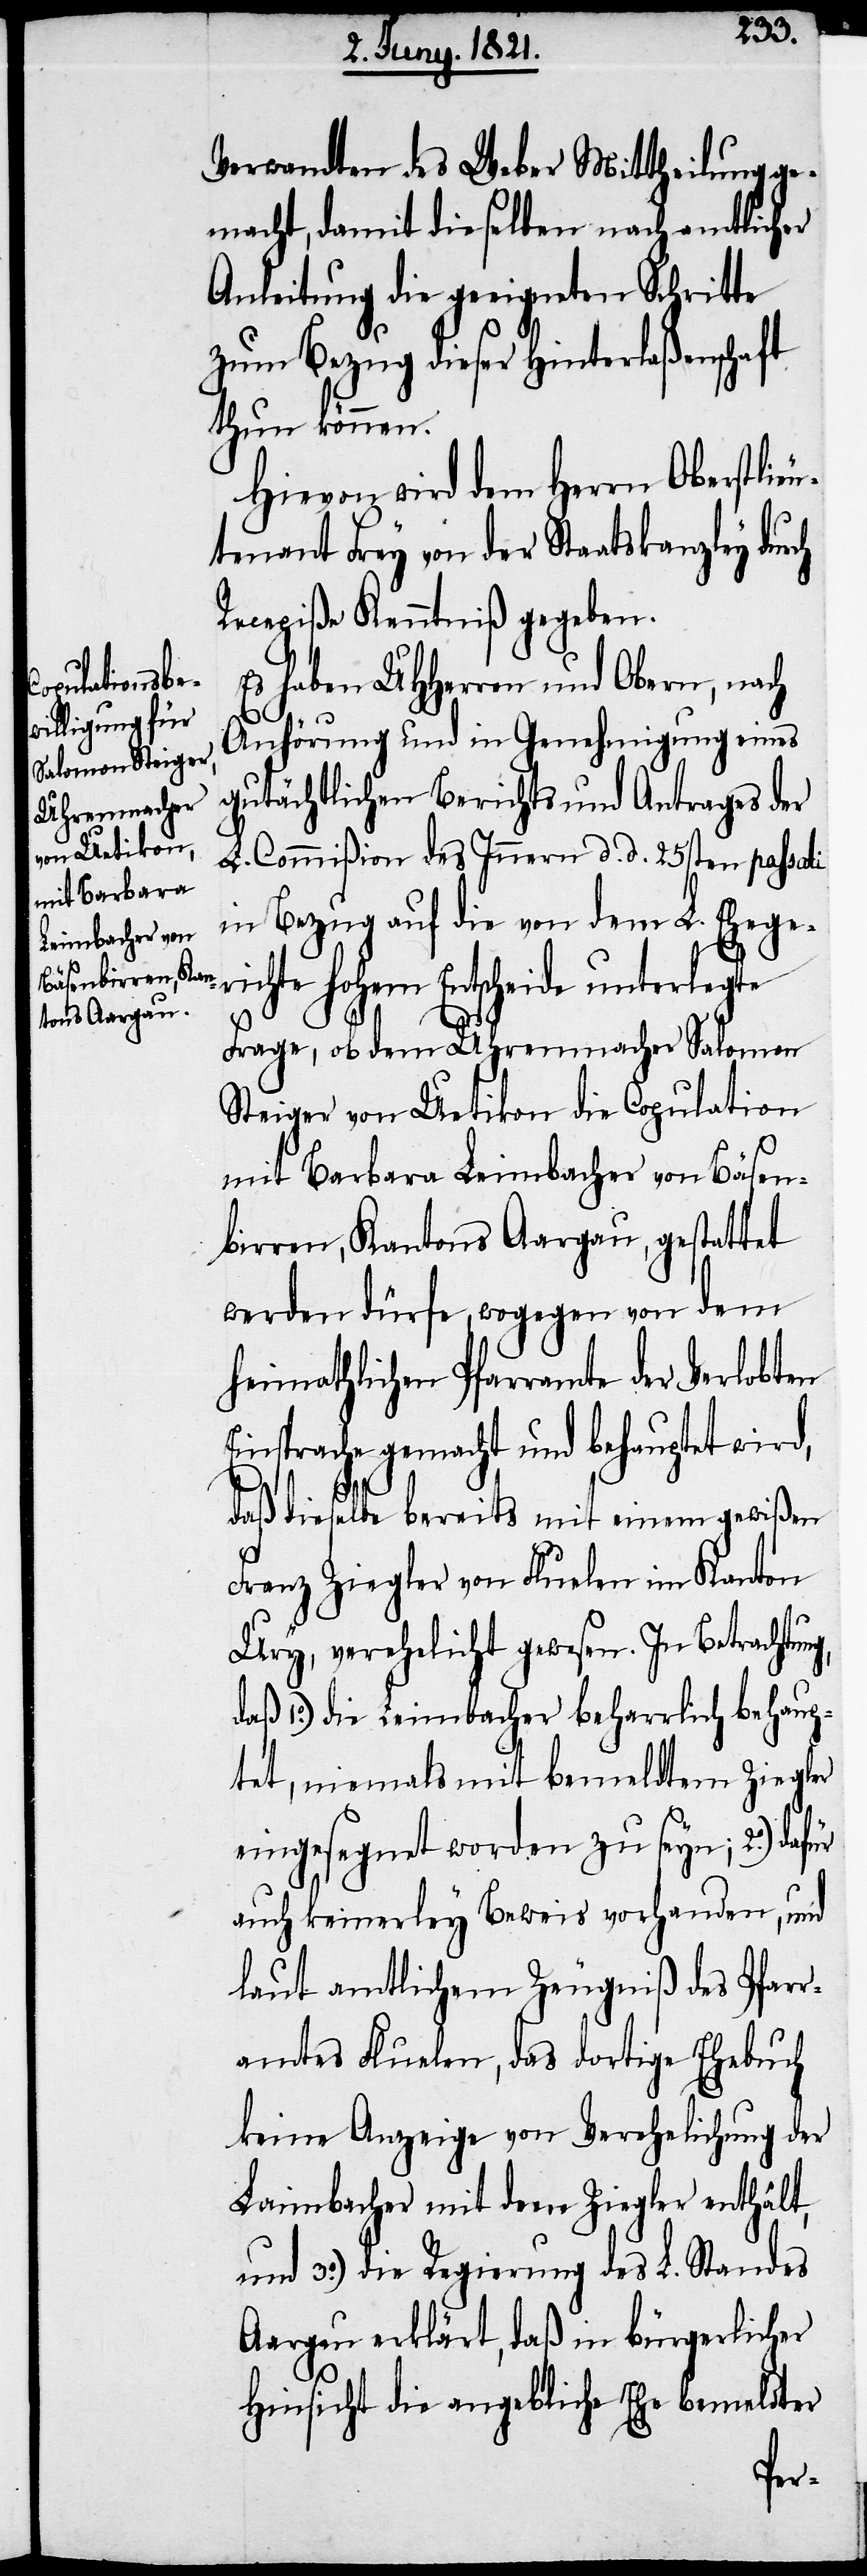
Verwandten des Weber Mittheilung ge¬
macht, damit dieselben nach amtlicher
Anleitung die geeigneten Schritte
zum Bezug dieser Hinterlaßenschaft
thun können.
Hievon wird dem Herrn Oberstlieu¬
tenant Frey von der Staatskanzley durch
Recepiße Kenntniß gegeben.
Es haben UHHerren und Obern, nach
E¬
g,
Anhörung und in Genehmigung eines
gutächtlichen Berichts und Antrages der
L. Commißion des Innern d. d. 25sten passati
in Bezug auf die von dem L. Ehege¬
chte hohem Entscheide unterlegte
Frage, ob dem Uhrenmacher Salomon
Steiger von Uetikon die Copulation
mit Barbara Leimbacher von Bäsen¬
birren, Kantons Aargau, gestattet
werden dürfe, wogegen von dem
heimathlichen Pfarramte der Verlobten
insprache gemacht und behauptet wird,
daß dieselbe bereits mit einem gewißen
Franz Ziegler von Fluelen im Kanton
Ury, verehelicht gewesen. In Betrachtun¬
daß 1:) die Leimbacher beharrlich behaup¬
tet, niemals mit bemeldtem Ziegler
eingesegnet worden zu seyn; 2:) dafür
auch keinerley Beweis vorhanden, und
laut amtlichem Zeugniß des Pfarr¬
amtes Fluelen, das dortige Ehebuch
keine Anzeige von Verehelichung der
Laimbacher mit dem Ziegler enthält,
und 3:) die Regierung des L. Standes
Aargau erklärt, daß in bürgerlicher
Hinsicht die angebliche Ehe bemeldter
ri¬